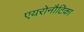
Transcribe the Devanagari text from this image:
एयरोनौटिका